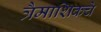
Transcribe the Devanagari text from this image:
त्रैमाशिकचे